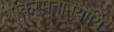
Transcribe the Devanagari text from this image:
शांकरमतानुयायि